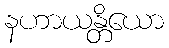
နဟာယန္တိယော